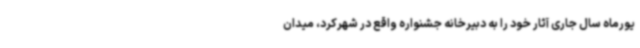
یورماه سال جاری آثار خود را به دبیرخانه جشنواره واقع در شهرکرد، میدان